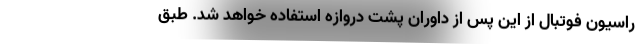
راسیون فوتبال از این پس از داوران پشت دروازه استفاده خواهد شد. طبق